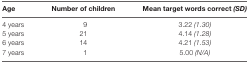
| Age | Number of children | Mean target words correct (SD) |
 | --- | --- | --- |
 | 4 years | 9 | 3.22 (1.30) |
 | 5 years | 21 | 4.14 (1.28) |
 | 6 years | 14 | 4.21 (1.53) |
 | 7 years | 1 | 5.00 (N/A) |